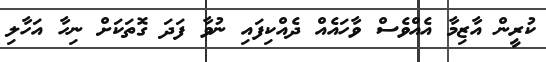
ކުރީން އާޒިމާ އެއްވެސް ވާހައެއް ދެއްކިފައި ނުވާ ފަދަ ގޮތަކަށް ނިހާ އަހާލި